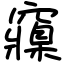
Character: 䆿